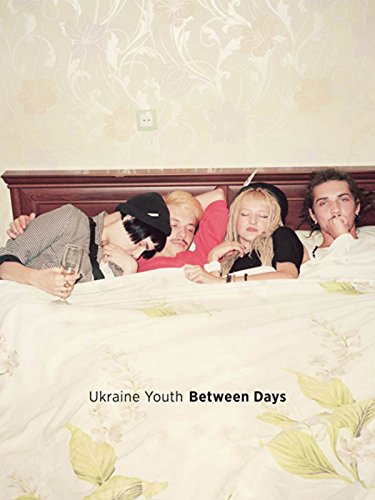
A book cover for Daniel King: Ukraine Youth; Travel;